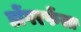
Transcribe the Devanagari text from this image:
डोंगरफेंसा